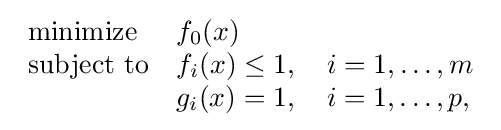
{\begin{array}{ll}{\mbox{minimize}}&f_{0}(x)\\{\mbox{subject to}}&f_{i}(x)\leq 1,\quad i=1,\ldots ,m\\&g_{i}(x)=1,\quad i=1,\ldots ,p,\end{array}}